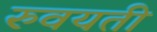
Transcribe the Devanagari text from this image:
रुवयती